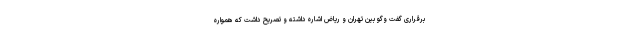
برقراری گفت وگو بین تهران و ریاض اشاره داشته و تصریح داشت که همواره